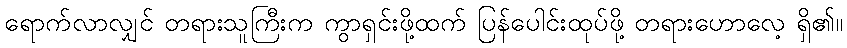
ရောက်လာလျှင် တရားသူကြီးက ကွာရှင်းဖို့ထက် ပြန်ပေါင်းထုပ်ဖို့ တရားဟောလေ့ ရှိ၏။